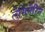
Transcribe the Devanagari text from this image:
लैमिनैरिन